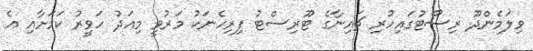
ވިލަމެންދޫ ރިސޯޓުގައިހުރި ޗައިނާގެ ޓޫރިސްޓު ފިރިހެނަކު މަރުވީ މިއަދު ހަވީރު ކަމަށާއި އެ